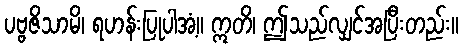
ပဗ္ဗဇိသာမိ၊ ရဟန်းပြုပါအံ့။ ဣတိ၊ ဤသည်လျှင်အပြီးတည်း။